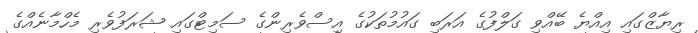
ރިޔާޒްގައި އިއްޔެ ބޭއްވި ގަލްފުގެ އަރަބި ގައުމުތަކުގެ އިސްވެރިންގެ ސަމިޓްގައި ޝަރަފުވެރި މެހްމާނެއްގެ